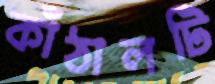
কাঁঠালটি